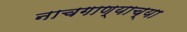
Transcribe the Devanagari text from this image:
नाचगाण्याच्या